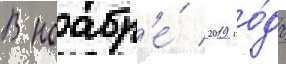
В ноабр'е́ 2019 го́да